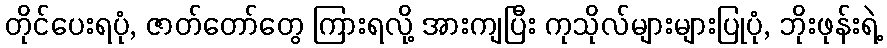
တိုင်ပေးရပုံ, ဇာတ်တော်တွေ ကြားရလို့ အားကျပြီး ကုသိုလ်များများပြုပုံ, ဘိုးဖုန်းရဲ့